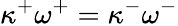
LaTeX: \kappa^{+}\omega^{+}=\kappa^{-}\omega^{-}